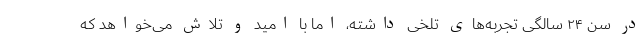
در سن ۲۴ سالگی تجربه‌های تلخی داشته، اما با امید و تلاش می‌خواهد که